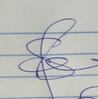
Signature authenticity: genuine